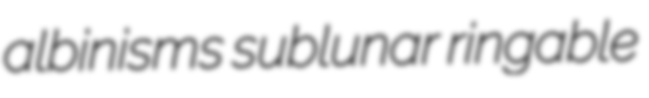
albinisms sublunar ringable